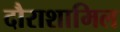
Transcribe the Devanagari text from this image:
दौराशामिल